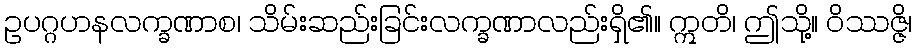
ဥပဂ္ဂဟနလက္ခဏာစ၊ သိမ်းဆည်းခြင်းလက္ခဏာလည်းရှိ၏။ ဣတိ၊ ဤသို့။ ဝိဿဇ္ဇိ၊